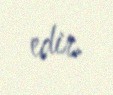
edir.